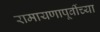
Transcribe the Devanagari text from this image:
रामायणापूर्वीच्या